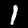
Label: 1